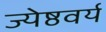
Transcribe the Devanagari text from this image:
ज्येष्ठवर्य